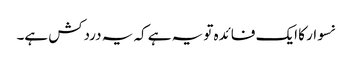
نسوار کا ایک فائدہ تو یہ ہے کہ یہ دردکش ہے۔